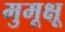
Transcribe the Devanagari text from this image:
मुमूक्षू